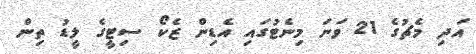
އަދި މެޗުގެ 21 ވަނަ މިނެޓުގައި އެޑިން ޒެކޯ ސިޓީގެ ލީޑު ތިން